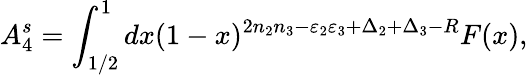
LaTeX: A_{4}^{s}=\int_{1/2}^{1}dx(1-x)^{2n_{2}n_{3}-\varepsilon_{2}\varepsilon_{3}+\Delta_{2}+\Delta_{3}-R}F(x),